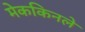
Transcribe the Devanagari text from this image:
मेककिनले